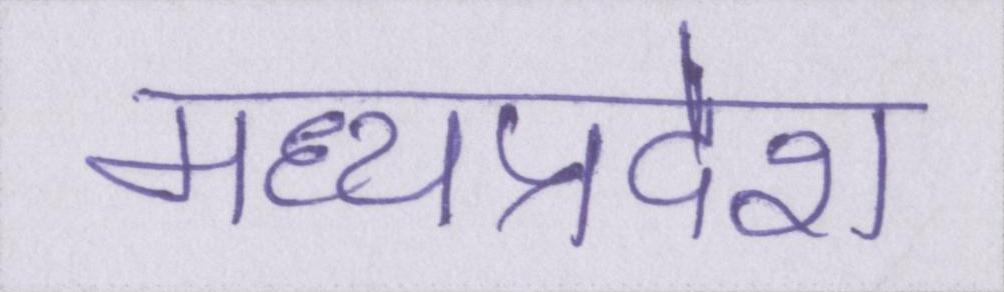
मध्यप्रदेश